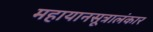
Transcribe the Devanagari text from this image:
महायानसूत्रालंकार